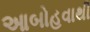
આબોહવાથી